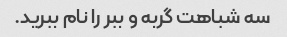
سه شباهت گربه و ببر را نام ببرید.